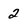
Character: 2